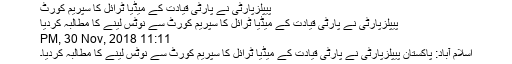
پیپلزپارٹی نے پارٹی قیادت کے میڈیا ٹرائل کا سپریم کورٹ
پیپلزپارٹی نے پارٹی قیادت کے میڈیا ٹرائل کا سپریم کورٹ سے نوٹس لینے کا مطالبہ کردیا
11:11 PM, 30 Nov, 2018
اسلام آباد: پاکستان پیپلزپارٹی نے پارٹی قیادت کے میڈیا ٹرائل کا سپریم کورٹ سے نوٹس لینے کا مطالبہ کردیا۔